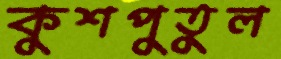
কুশপুতুল